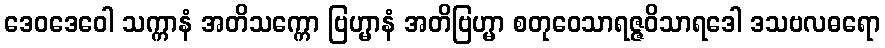
ဒေဝဒေဝေါ သက္ကာနံ အတိသက္ကော ဗြဟ္မာနံ အတိဗြဟ္မာ စတုဝေသာရဇ္ဇဝိသာရဒေါ ဒသဗလဓရော